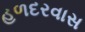
હળદરવાસ